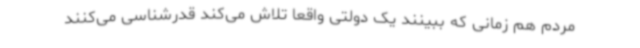
مردم هم زمانی که ببینند یک دولتی واقعا تلاش می‌کند قدرشناسی می‌کنند